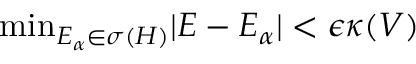
\mathrm { m i n } _ { E _ { \alpha } \in \sigma ( H ) } | E - E _ { \alpha } | < \epsilon \kappa ( V )